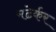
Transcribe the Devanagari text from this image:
मढेर्कर